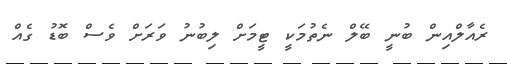
ރެއާލްއިން ބުނީ ބޭލް ނެތުމަކީ ޓީމަށް ލިބުނު ވަރަށް ވެސް ބޮޑު ގެއް